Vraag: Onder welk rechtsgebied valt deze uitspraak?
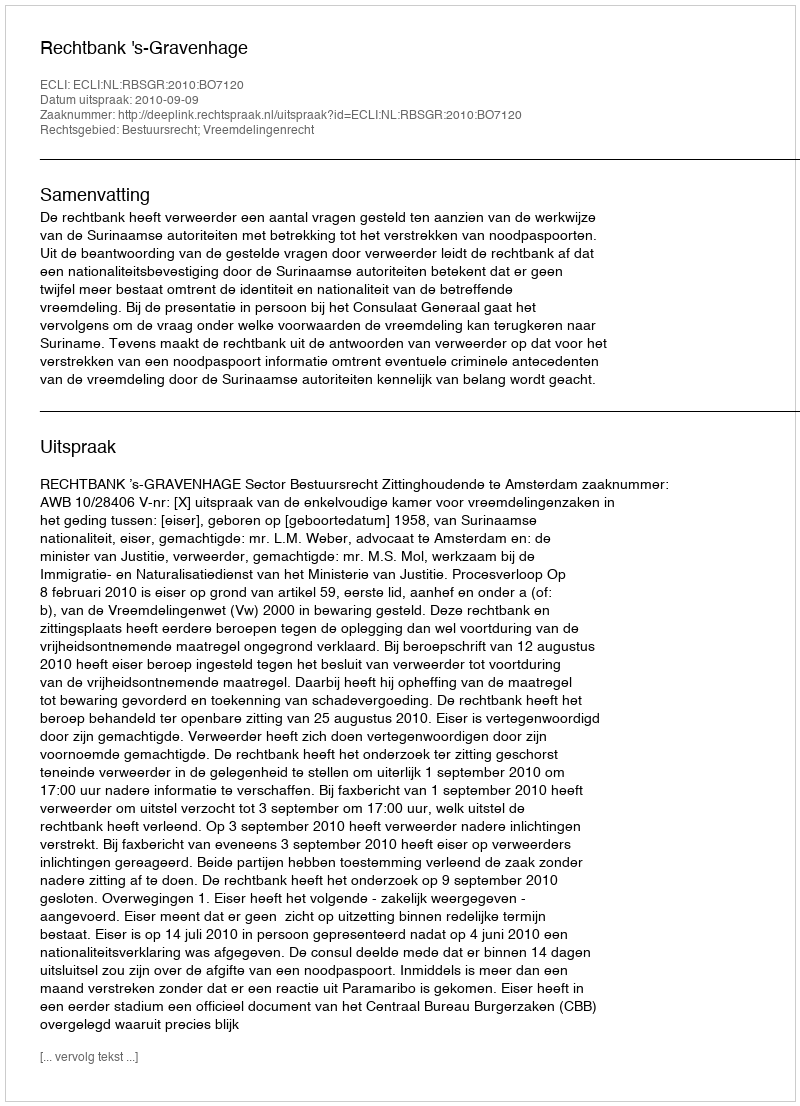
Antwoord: Bestuursrecht; Vreemdelingenrecht